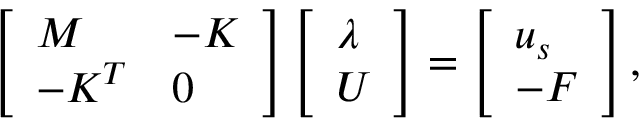
\begin{array} { r } { \left[ \begin{array} { l l } { \boldsymbol { M } } & { - \boldsymbol { K } } \\ { - \boldsymbol { K } ^ { T } } & { \boldsymbol { 0 } } \end{array} \right] \left[ \begin{array} { l } { \boldsymbol { \lambda } } \\ { \boldsymbol { U } } \end{array} \right] = \left[ \begin{array} { l } { \boldsymbol { u } _ { s } } \\ { - \boldsymbol { F } } \end{array} \right] , } \end{array}